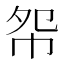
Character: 㠾